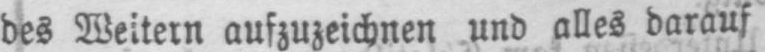
des Weitern aufzuzeichnen und alles darauf